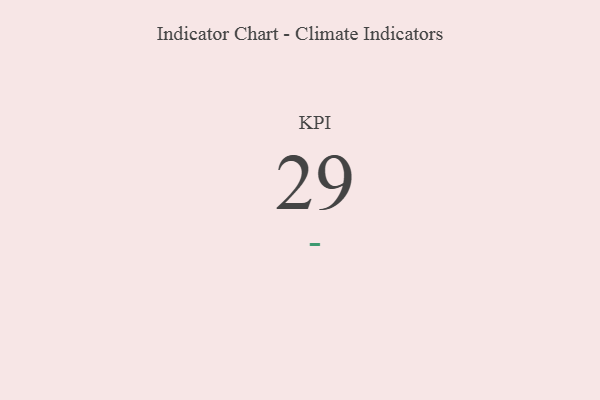
{"axis": {"x": "KPI", "y": "Value"}, "legend": [""], "data": [{"x": "KPI", "y": 29, "type": ""}]}